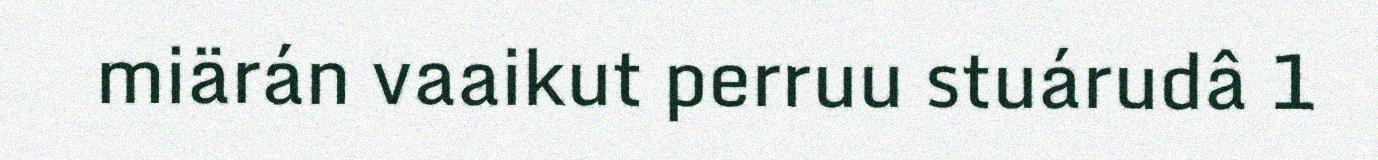
miärán vaaikut perruu stuárudâ 1